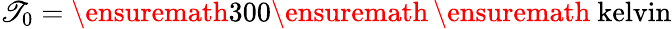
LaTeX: \mathscr{T}_{0}=\ensuremath{{\mathrm{{300}}}}\ensuremath{{\, }}\ensuremath{{\mathrm{{\ kelvin}}}}